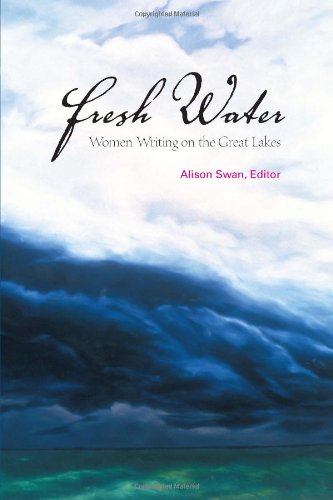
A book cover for Fresh Water: Women Writing on the Great Lakes; Literature & Fiction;